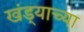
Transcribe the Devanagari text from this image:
खंड्याच्या